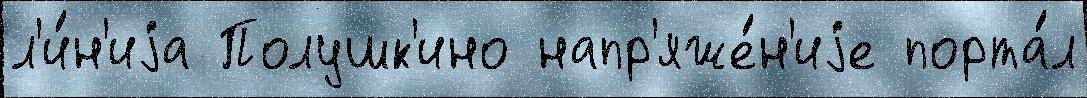
л'и́н'иjа Полушк'ино напр'яже́н'иjе порта́л